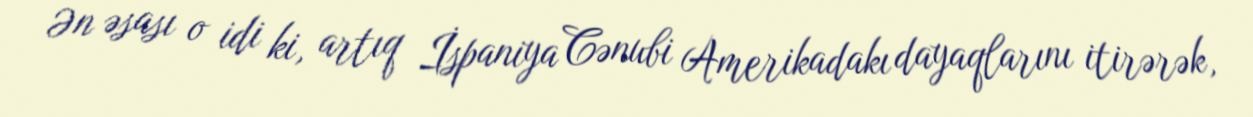
Ən əsası o idi ki, artıq İspaniya Cənubi Amerikadakı dayaqlarını itirərək,